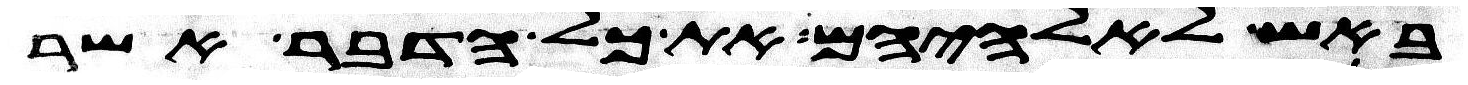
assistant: באש לאלהיהם את כל הדבר אשר